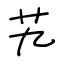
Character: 艽